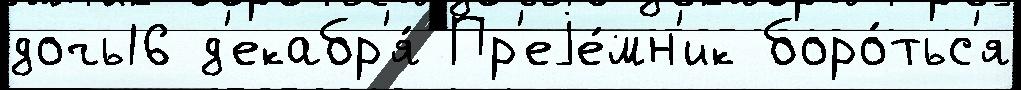
дочь16 д'екабр'я́ Пр'еjе́мн'ик боро́тьс'я